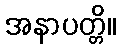
အနာပတ္တိ။